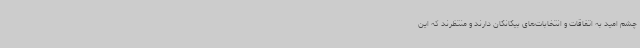
چشم امید به اتفاقات و انتخابات‌های بیگانگان دارند و منتظرند که این